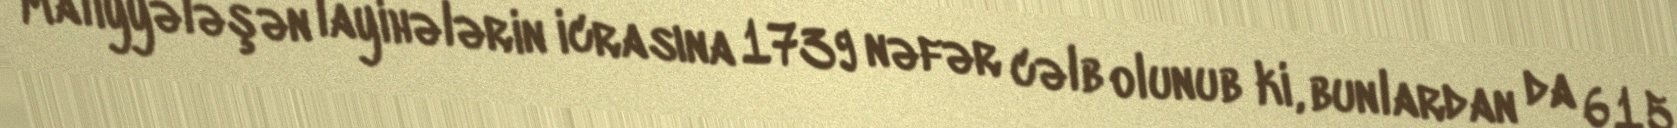
Maliyyələşən layihələrin icrasına 1739 nəfər cəlb olunub ki, bunlardan da 615